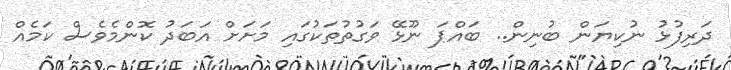
ދަރިފުޅު ނުކިޔަން ބުނިން.. ބައްޕަ ނޫޅޭ ވަގުތުތަކުގައި މަށަށް އަބަދު ކޮންމެވެސް ކަމެއް